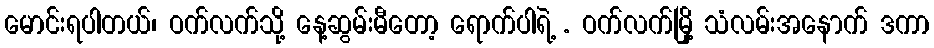
မောင်းရပါတယ်၊ ဝက်လက်သို့ နေ့ဆွမ်းမီတော့ ရောက်ပါရဲ့ . ဝက်လက်မြို့ သံလမ်းအနောက် ဒကာ